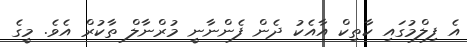
އެ ފިލްމުގައި ކާތިކް އާއެކު ދެން ފެންނާނީ މުރްނާލް ތާކުރް އެވެ. މީގެ